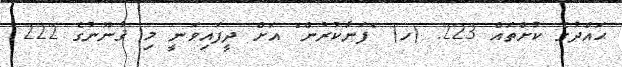
ޙައްދުގެ ކުށްތައް 223. (ހ) "ފަނާކުރުން" އަށް ދީފައިވަނީ މި ޤާނޫނުގެ 222